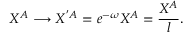
X ^ { A } \longrightarrow X ^ { ' { A } } = e ^ { - \omega } X ^ { A } = \frac { X ^ { A } } { l } .